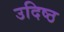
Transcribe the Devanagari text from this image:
उदिष्ठ